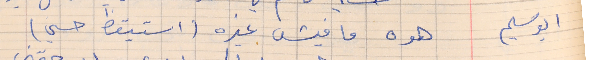
ابو سليم    هوه ما فيش غيره (استيقظ حسني)